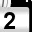
Digit: 2